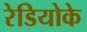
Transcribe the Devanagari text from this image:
रेडियोके